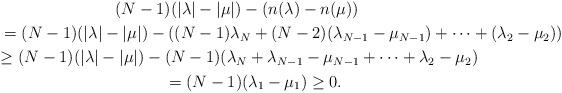
LaTeX: \begin{gather*}(N - 1)(|\lambda| - |\mu|) - (n(\lambda) - n(\mu)) \\\qquad{} =(N - 1)(|\lambda| - |\mu|) - ((N - 1)\lambda_N + (N - 2)(\lambda_{N-1} - \mu_{N-1}) + \dots + (\lambda_2 - \mu_2)) \\{} \geq (N-1)(|\lambda| - |\mu|) - (N-1)(\lambda_N + \lambda_{N-1} - \mu_{N-1} + \dots + \lambda_2 - \mu_2)\\\qquad{} = (N - 1)(\lambda_1 - \mu_1)\geq 0.\end{gather*}